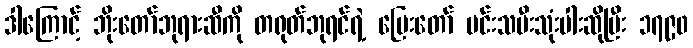
ဒါကြောင့် ဘိုးတော်ဘုရားဆီကို တရုတ်ဘုရင်ရဲ့ မြေးတော် မင်းသမီးသုံးပါးဆိုပြီး ၁၇၉၀